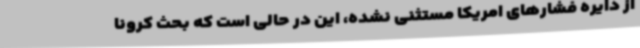
از دایره فشارهای امریکا مستثنی نشده، این در حالی است که بحث کرونا